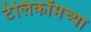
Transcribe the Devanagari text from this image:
टेलिकॉमच्या